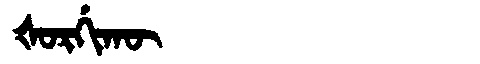
Manchu: ᡧᠣᡵᡤᡳᡴᡡ
Romanization: ŠORGIKŪ